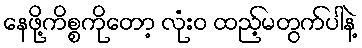
နေဖို့ကိစ္စကိုတော့ လုံးဝ ထည့်မတွက်ပါနဲ့